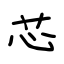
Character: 芯